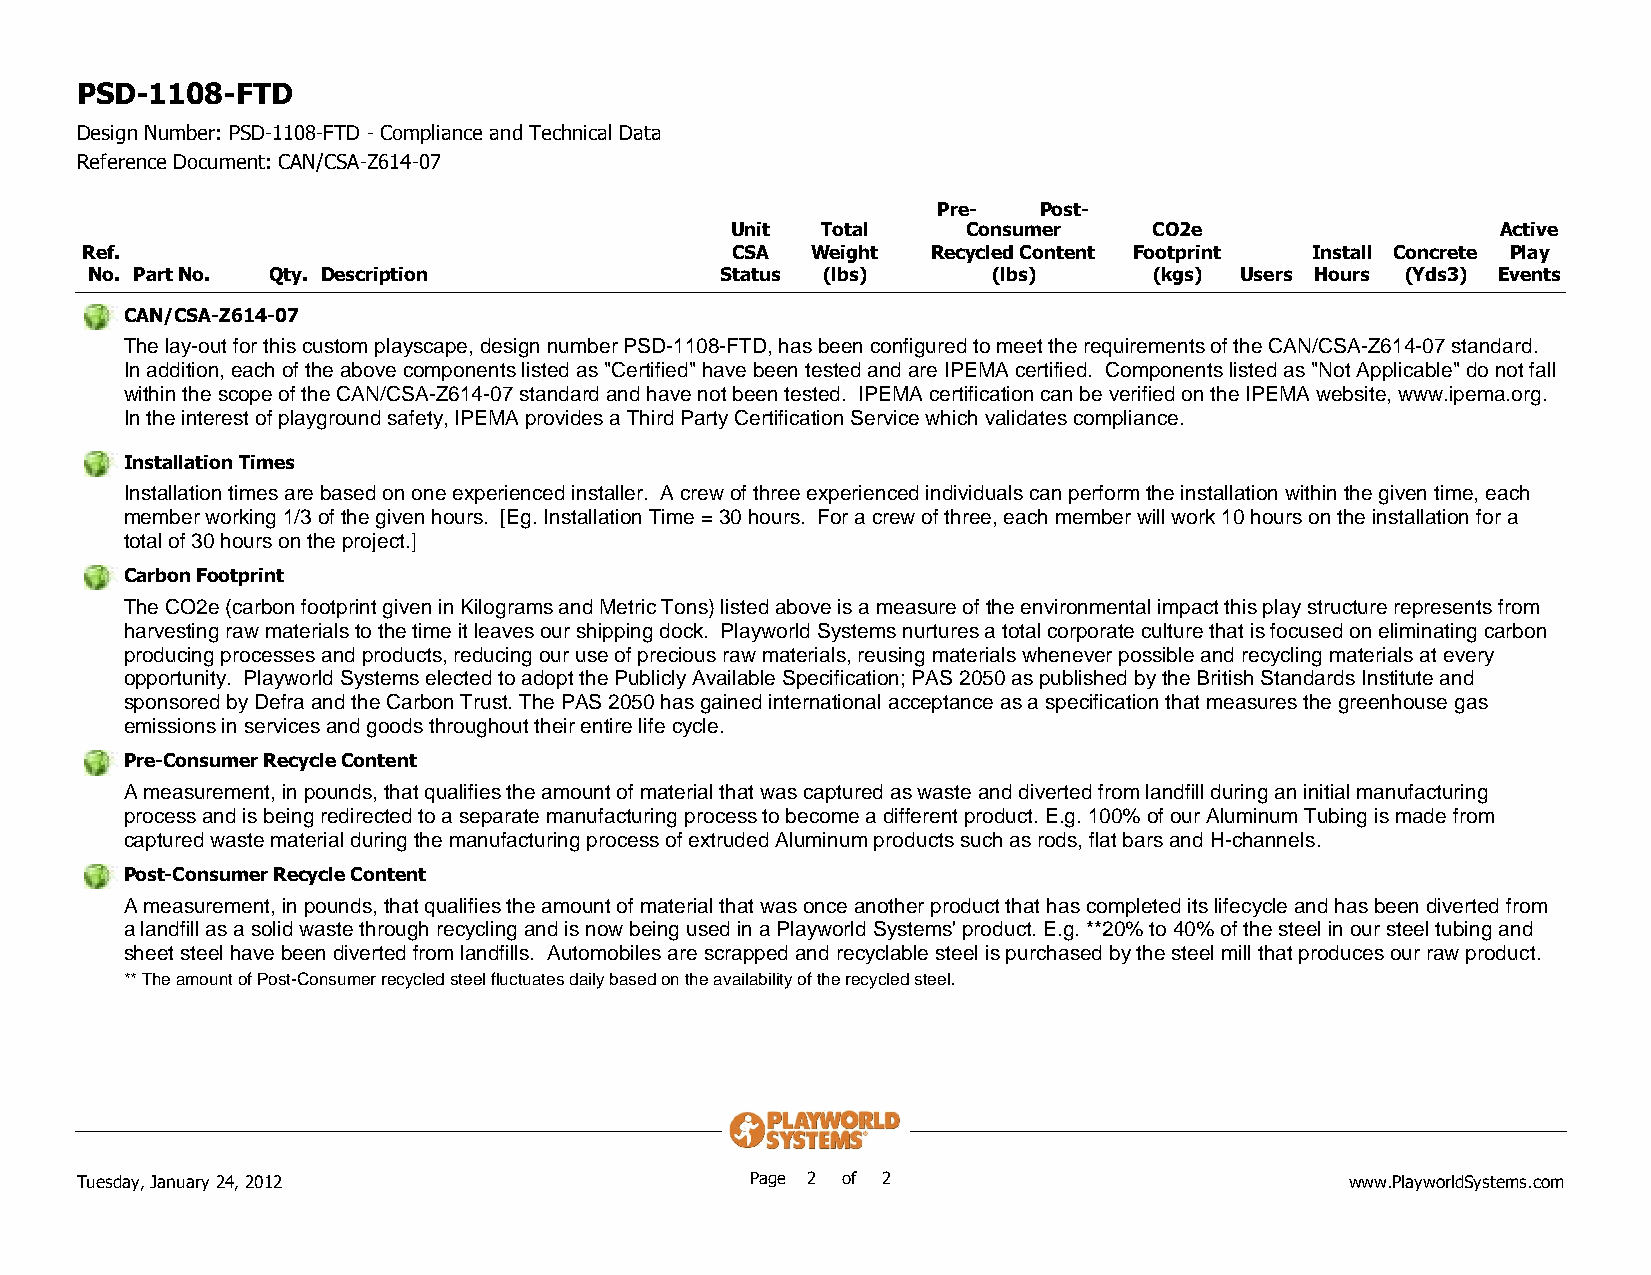
PSD-1108-FTD
 Design Number: PSD-1108-FTD - Compliance and Technical Data
 Reference Document: CAN/CSA-Z614-07
 Pre-   Post-
 Unit  Total     Consumer    CO2e                   Active
 Ref.                                       CSA   Weight  Recycled Content Footprint Install Concrete Play
 No. Part No. Qty. Description             Status (lbs)      (lbs)     (kgs) Users Hours (Yds3) Events
 CAN/CSA-Z614-07
 The lay-out for this custom playscape, design number PSD-1108-FTD, has been configured to meet the requirements of the CAN/CSA-Z614-07 standard.
 In addition, each of the above components listed as "Certified" have been tested and are IPEMA certified. Components listed as "Not Applicable" do not fall
 within the scope of the CAN/CSA-Z614-07 standard and have not been tested. IPEMA certification can be verified on the IPEMA website, www.ipema.org.
 In the interest of playground safety, IPEMA provides a Third Party Certification Service which validates compliance.
 Installation Times
 Installation times are based on one experienced installer. A crew of three experienced individuals can perform the installation within the given time, each
 member working 1/3 of the given hours. [Eg. Installation Time = 30 hours. For a crew of three, each member will work 10 hours on the installation for a
 total of 30 hours on the project.]
 Carbon Footprint
 The CO2e (carbon footprint given in Kilograms and Metric Tons) listed above is a measure of the environmental impact this play structure represents from
 harvesting raw materials to the time it leaves our shipping dock. Playworld Systems nurtures a total corporate culture that is focused on eliminating carbon
 producing processes and products, reducing our use of precious raw materials, reusing materials whenever possible and recycling materials at every
 opportunity. Playworld Systems elected to adopt the Publicly Available Specification; PAS 2050 as published by the British Standards Institute and
 sponsored by Defra and the Carbon Trust. The PAS 2050 has gained international acceptance as a specification that measures the greenhouse gas
 emissions in services and goods throughout their entire life cycle.
 Pre-Consumer Recycle Content
 A measurement, in pounds, that qualifies the amount of material that was captured as waste and diverted from landfill during an initial manufacturing
 process and is being redirected to a separate manufacturing process to become a different product. E.g. 100% of our Aluminum Tubing is made from
 captured waste material during the manufacturing process of extruded Aluminum products such as rods, flat bars and H-channels.
 Post-Consumer Recycle Content
 A measurement, in pounds, that qualifies the amount of material that was once another product that has completed its lifecycle and has been diverted from
 a landfill as a solid waste through recycling and is now being used in a Playworld Systems' product. E.g. **20% to 40% of the steel in our steel tubing and
 sheet steel have been diverted from landfills. Automobiles are scrapped and recyclable steel is purchased by the steel mill that produces our raw product.
 ** The amount of Post-Consumer recycled steel fluctuates daily based on the availability of the recycled steel.
 Tuesday, January 24, 2012                    Page 2 of 2                            www.PlayworldSystems.com